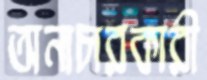
অনাচারকারী